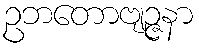
ဥဘတောဗျဉ္ဇနာ